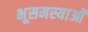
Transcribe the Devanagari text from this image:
भूसमस्याओं